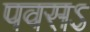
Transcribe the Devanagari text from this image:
पवसऽ